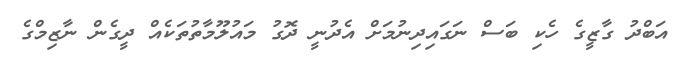
އަބްދު ގާޒީގެ ހެކި ބަސް ނަގައިދިނުމަށް އެދުނީ ދޮގު މައުލޫމާތުތަކެއް ދީގެން ނާޒިމްގެ